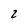
Character: 2